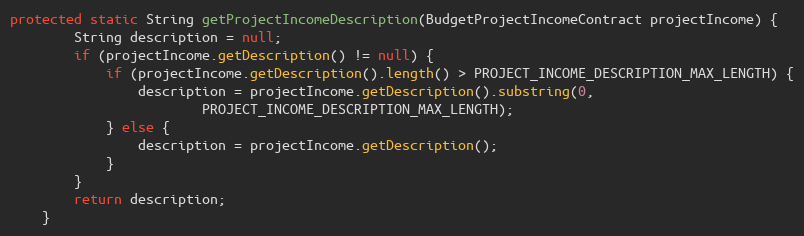
Language: Java
protected static String getProjectIncomeDescription(BudgetProjectIncomeContract projectIncome) {
		String description = null;
		if (projectIncome.getDescription() != null) {
			if (projectIncome.getDescription().length() > PROJECT_INCOME_DESCRIPTION_MAX_LENGTH) {
				description = projectIncome.getDescription().substring(0,
						PROJECT_INCOME_DESCRIPTION_MAX_LENGTH);
			} else {
				description = projectIncome.getDescription();
			}
		}
		return description;
	}